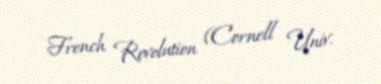
French Revolution (Cornell Univ.